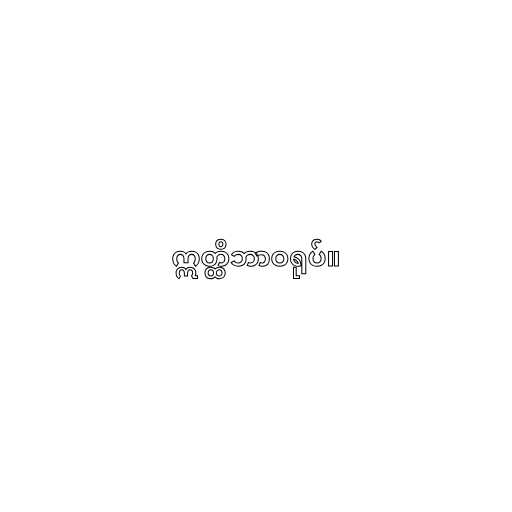
ဣတ္ထိဘာဝရုပ်။